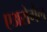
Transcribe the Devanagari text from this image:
एअरोगैल